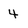
Character: 4